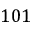
1 0 1